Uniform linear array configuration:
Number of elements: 8
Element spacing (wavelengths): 0.75
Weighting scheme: binomial
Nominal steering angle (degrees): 0
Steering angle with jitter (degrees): -1.625
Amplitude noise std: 0.05
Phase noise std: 0.05

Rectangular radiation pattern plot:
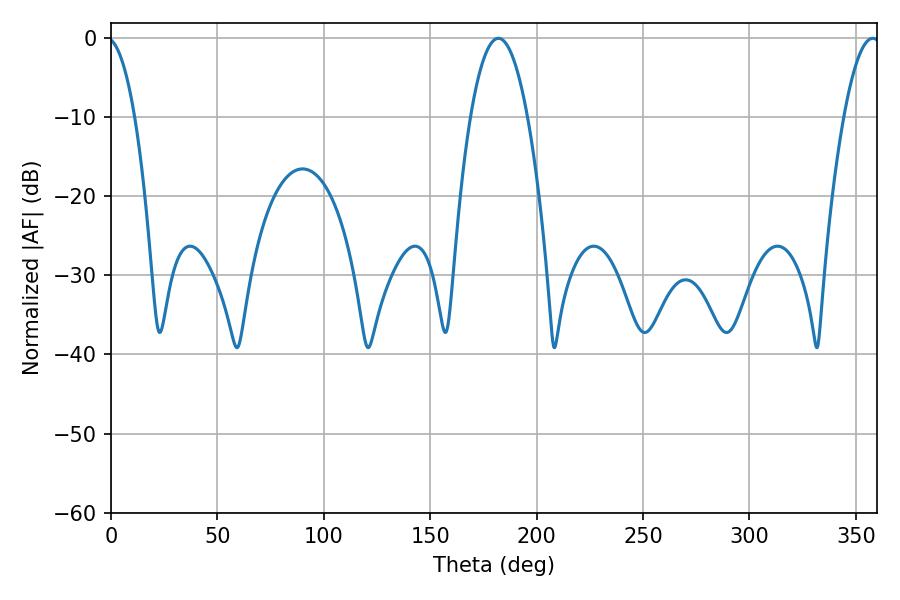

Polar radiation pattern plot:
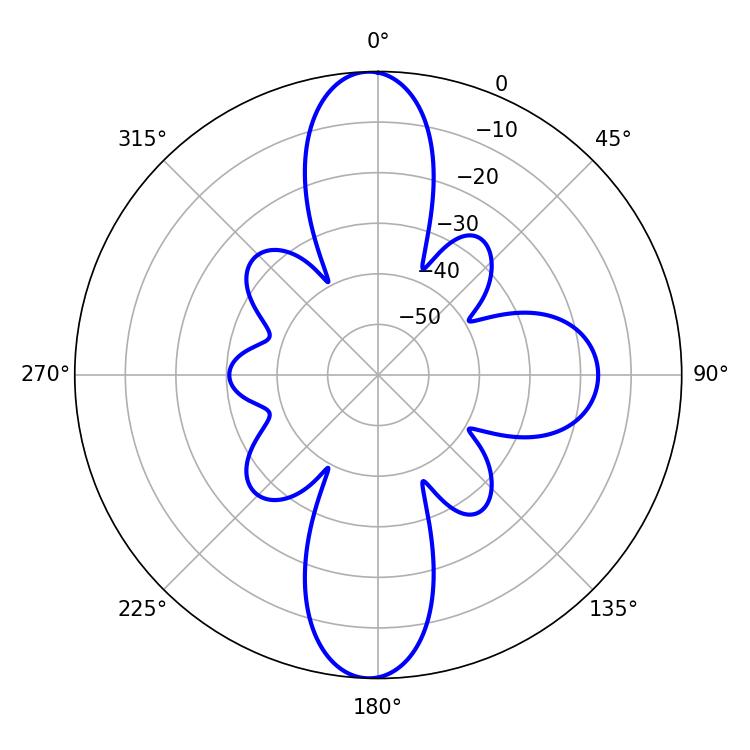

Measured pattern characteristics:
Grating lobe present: TRUE
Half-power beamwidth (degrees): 14.76
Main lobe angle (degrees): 181.98